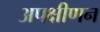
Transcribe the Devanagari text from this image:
अपक्षीणन